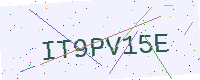
Text: IT9PV15E